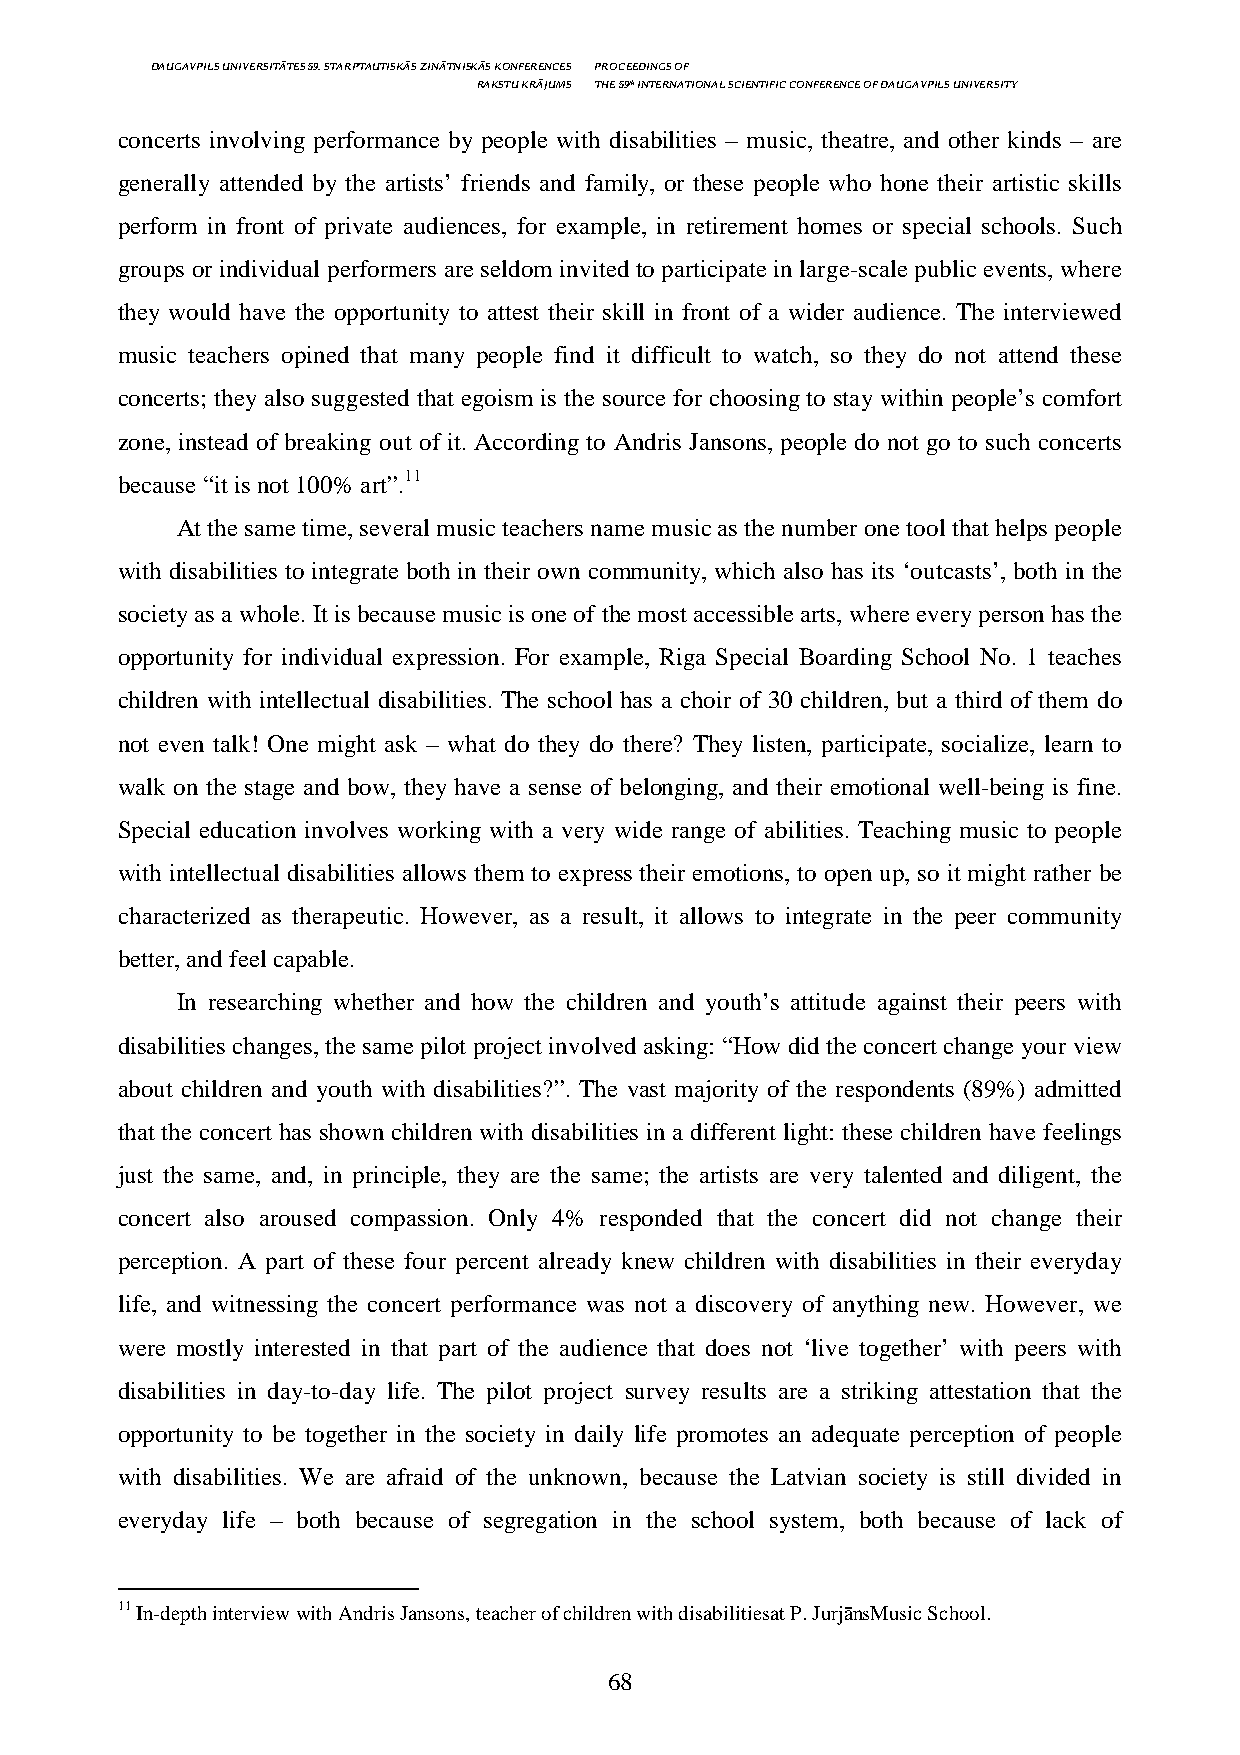
DAUGAVPILS UNIVERSITĀTES 59. STARPTAUTISKĀS ZINĀTNISKĀS KONFERENCES PROCEEDINGS OF
 RAKSTU KRĀJUMS THE 59th INTERNATIONAL SCIENTIFIC CONFERENCE OF DAUGAVPILS UNIVERSITY
 concerts involving performance by people with disabilities – music, theatre, and other kinds – are
 generally attended by the artists’ friends and family, or these people who hone their artistic skills
 perform in front of private audiences, for example, in retirement homes or special schools. Such
 groups or individual performers are seldom invited to participate in large-scale public events, where
 they would have the opportunity to attest their skill in front of a wider audience. The interviewed
 music teachers opined that many people find it difficult to watch, so they do not attend these
 concerts; they also suggested that egoism is the source for choosing to stay within people’s comfort
 zone, instead of breaking out of it. According to Andris Jansons, people do not go to such concerts
 because “it is not 100% art”.11
 At the same time, several music teachers name music as the number one tool that helps people
 with disabilities to integrate both in their own community, which also has its ‘outcasts’, both in the
 society as a whole. It is because music is one of the most accessible arts, where every person has the
 opportunity for individual expression. For example, Riga Special Boarding School No. 1 teaches
 children with intellectual disabilities. The school has a choir of 30 children, but a third of them do
 not even talk! One might ask – what do they do there? They listen, participate, socialize, learn to
 walk on the stage and bow, they have a sense of belonging, and their emotional well-being is fine.
 Special education involves working with a very wide range of abilities. Teaching music to people
 with intellectual disabilities allows them to express their emotions, to open up, so it might rather be
 characterized as therapeutic. However, as a result, it allows to integrate in the peer community
 better, and feel capable.
 In researching whether and how the children and youth’s attitude against their peers with
 disabilities changes, the same pilot project involved asking: “How did the concert change your view
 about children and youth with disabilities?”. The vast majority of the respondents (89%) admitted
 that the concert has shown children with disabilities in a different light: these children have feelings
 just the same, and, in principle, they are the same; the artists are very talented and diligent, the
 concert also aroused compassion. Only 4% responded that the concert did not change their
 perception. A part of these four percent already knew children with disabilities in their everyday
 life, and witnessing the concert performance was not a discovery of anything new. However, we
 were mostly interested in that part of the audience that does not ‘live together’ with peers with
 disabilities in day-to-day life. The pilot project survey results are a striking attestation that the
 opportunity to be together in the society in daily life promotes an adequate perception of people
 with disabilities. We are afraid of the unknown, because the Latvian society is still divided in
 everyday life – both because of segregation in the school system, both because of lack of
 11 In-depth interview with Andris Jansons, teacher of children with disabilitiesat P. JurjānsMusic School.
 68